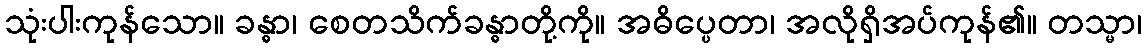
သုံးပါးကုန်သော။ ခန္ဓာ၊ စေတသိက်ခန္ဓာတို့ကို။ အဓိပ္ပေတာ၊ အလိုရှိအပ်ကုန်၏။ တသ္မာ၊